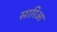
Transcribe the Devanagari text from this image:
सारिआ